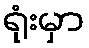
ရုံးမှာ